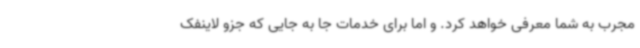
مجرب به شما معرفی خواهد کرد. و اما برای خدمات جا به جایی که جزو لاینفک